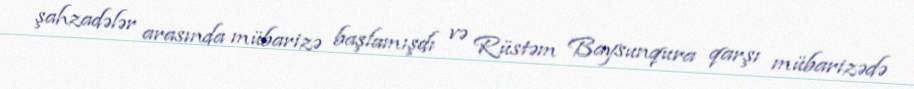
şahzadələr arasında mübarizə başlamışdı və Rüstəm Baysunqura qarşı mübarizədə